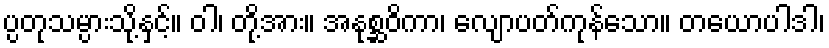
ပ္ပတုသမ္ပားသို့နှင့်။ ဝါ၊ တို့အား။ အနုစ္ဆဝိကာ၊ လျောပတ်ကုန်သော။ တယောပါဒါ၊